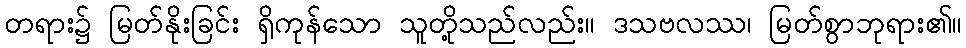
တရား၌ မြတ်နိုးခြင်း ရှိကုန်သော သူတို့သည်လည်း။ ဒသဗလဿ၊ မြတ်စွာဘုရား၏။